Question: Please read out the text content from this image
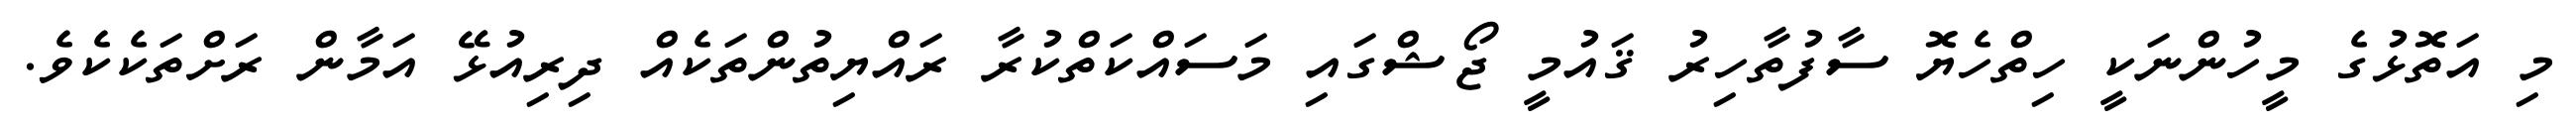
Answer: މި އަތޮޅުގެ މީހުންނަކީ ހިތްހެޔޮ ސާފުތާހިރު ޤައުމީ ޖޯޝްގައި މަސައްކަތްކުރާ ރައްޔިތުންތަކެއް ދިރިއުޅޭ އަމާން ރަށްތަކެކެވެ.